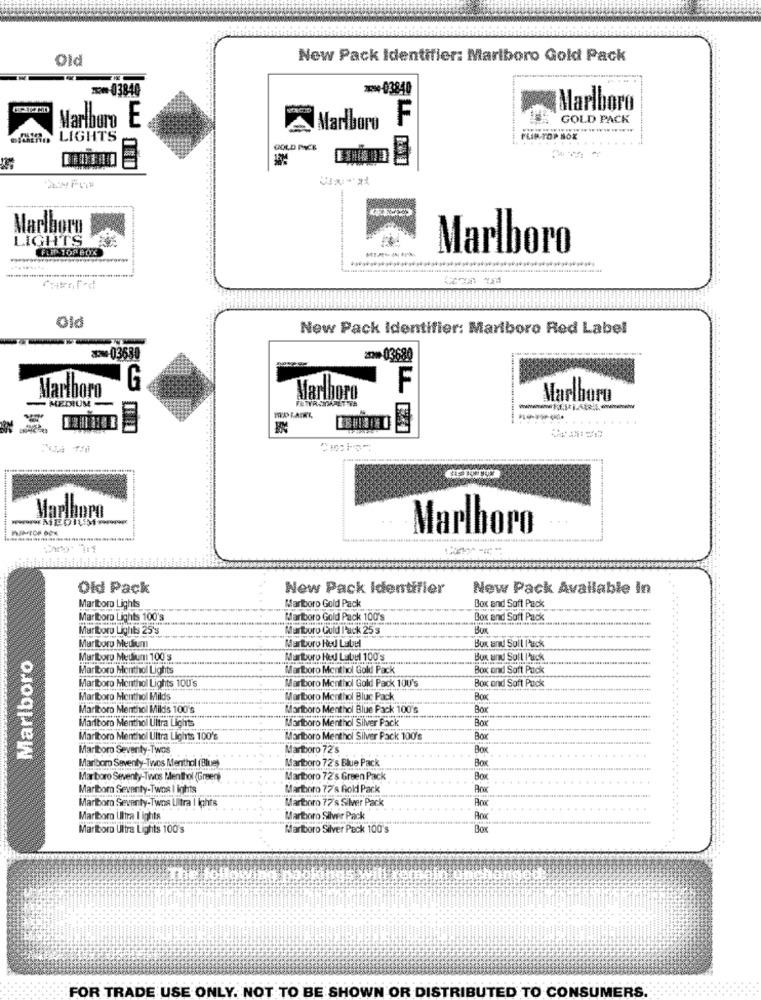
Old
Now Pack Identifier: Mariboro Gold Pack
**- 03840
***- 03840
Marlboro
Marlboro E
F
GOLD PACK
Marlboro
LIGHTS
FLIP- TOP BOX
GOLD PACK
Marlboro
LIGHTS
Marlboro
Old
New Pack Identifier: Marlboro Red Label
03680
20003680
G
F
Marlboro
Marlboro
Marlboro
- MEDIUM
Marlboro
Marlboro
Old Pack
New Pack Identifier
New Pack Available In
Marlboro Lights
Marlboro Gold Pack
Box and Soft Pack
Marlboro Lights 100's
Marlboro Gold Pack 100's
Box and Soft Pack
Marlboro Lights 25's
Marboro Guld Pack 25 s
Marlboro Medium
Martboro Hed Label
Bux and Soll l'ack
Marlboro
Mar boru Medium 100's
Marlboro Hed Label 100 g
Bux und Soll luck
Marlboro Menthol Lights
Marlboro Menthol Gold Pack
Box and Soft Pack
Marlboro Menthol Lights 100's
Box and Soft Puck
Marlboro Menthol Gold Pack 10U's
UGA
Marlboro Menthol Milds
Marlboro Menthol Blue Pack
Box
Marlboro Menthol Milds 100's
Marlboro Menthol Blue Pack 100's
Box
Marlboro Menthol Ultra Lights
Marlboro Menthol Silver Pack
Box
Marlboro Menthol Ultra Lights 100's
Marlboro Menthol Silver Pack 100's
Boa
Marlboro Seventy-Twos
Martoro 72's
Box
Marlboro Seventy-Twos Menthol (Blue)
Marlboro 72's Blue Pack
Box
Marboro Seventy-Twos Menthol (Green)
Marlboro 72's Green Pack
Box
Marlbor Seventy-Twos I ights
Marboro 77's Gold Pack
Maribor Seventy-Twos Ultra | ights
Marboro 77's Silver Pack
Marlboro Ultra I ights
Marlboro Silver Pack
Marlboro Ultra Lights 100's
Marlboro Silver Pack 100's
Box
FOR TRADE USE ONLY. NOT TO BE SHOWN OR DISTRIBUTED TO CONSUMERS.